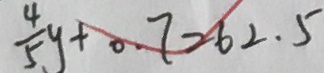
\frac { 4 } { 5 } y + 0 . 7 = 6 2 . 5